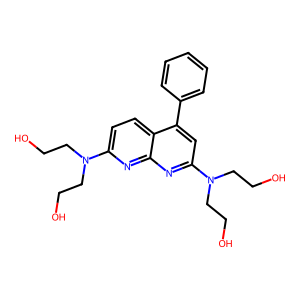
SMILES: OCCN(CCO)c1ccc2c(-c3ccccc3)cc(N(CCO)CCO)nc2n1
Inhibits HIV replication: No